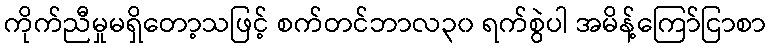
ကိုက်ညီမှုမရှိတော့သဖြင့် စက်တင်ဘာလ၃၀ ရက်စွဲပါ အမိန့်ကြော်ငြာစာ